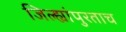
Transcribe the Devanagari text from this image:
जिल्ह्यांपुरताच